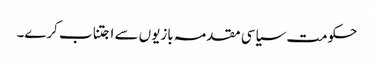
حکومت سیاسی مقدمہ بازیوں سے اجتناب کرے۔